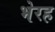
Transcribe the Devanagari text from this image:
भेरह